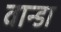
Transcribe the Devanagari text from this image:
वान्डा